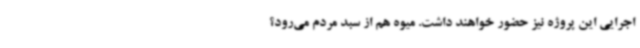
اجرایی این پروژه نیز حضور خواهند داشت. میوه هم از سبد مردم می‌رود؟